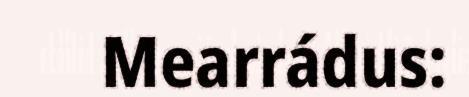
Mearrádus: